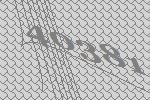
40381